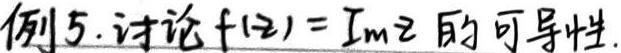
例5. 讨论$f(z)=\text{Im}z$的可导性.